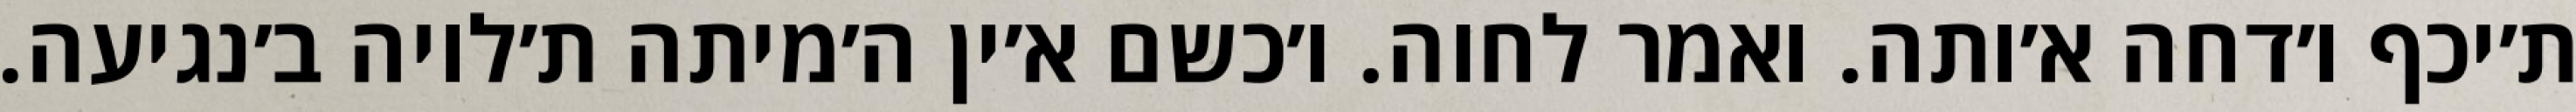
ת׳יכף ו׳דחה א׳ותה. ואמר לחוה. ו׳כשם א׳ין ה׳מיתה ת׳לויה ב׳נגיעה.